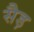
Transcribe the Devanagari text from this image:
सैड़